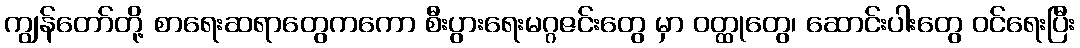
ကျွန်တော်တို့ စာရေးဆရာတွေကကော စီးပွားရေးမဂ္ဂဇင်းတွေ မှာ ဝတ္ထုတွေ၊ ဆောင်းပါးတွေ ဝင်ရေးပြီး